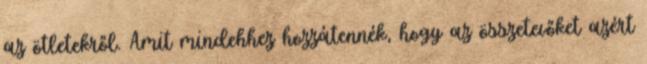
az ötletekről. Amit mindehhez hozzátennék, hogy az összetevőket azért